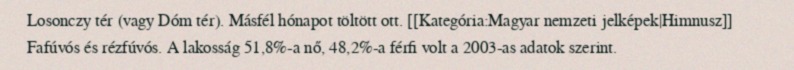
Losonczy tér (vagy Dóm tér). Másfél hónapot töltött ott. [[Kategória:Magyar nemzeti jelképek|Himnusz]] Fafúvós és rézfúvós. A lakosság 51,8%-a nő, 48,2%-a férfi volt a 2003-as adatok szerint.